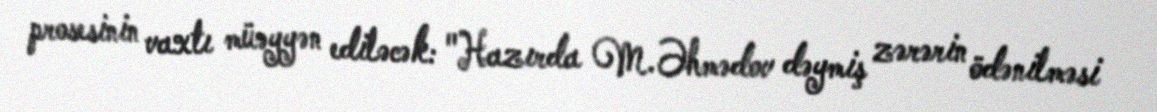
prosesinin vaxtı müəyyən ediləcək: "Hazırda M.Əhmədov dəymiş zərərin ödənilməsi